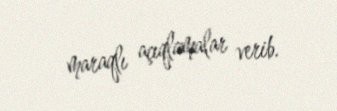
maraqlı açıqlamalar verib.